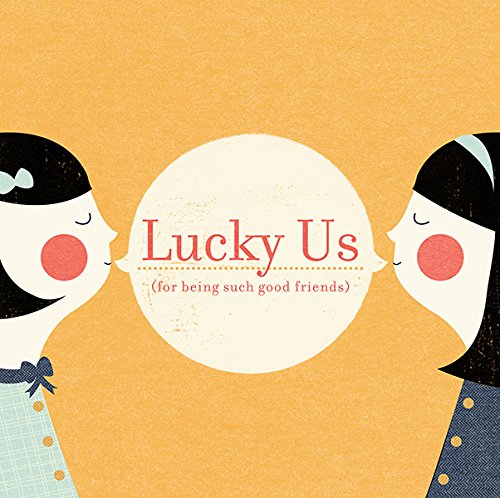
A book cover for Lucky Us; M. H. Clark; Self-Help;